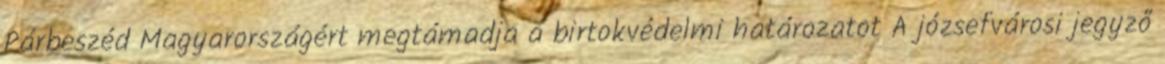
Párbeszéd Magyarországért megtámadja a birtokvédelmi határozatot A józsefvárosi jegyző